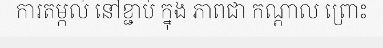
ការតម្កល់ នៅខ្ជាប់ ក្នុង ភាពជា កណ្តាល ព្រោះ